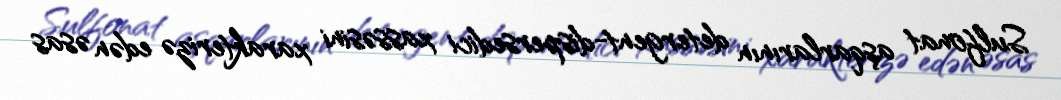
Sulfonat aşqarlarının detergent-dispersedici xassəsini xarakterizə edən əsas